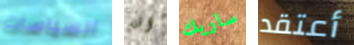
السياسات انه ساريك أعتقد